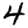
Digit: 4